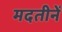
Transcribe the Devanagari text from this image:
मदतीनें